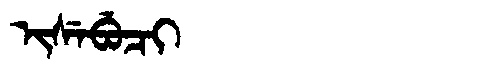
Manchu: ᡳᠰᡝᠪᡠᠴᡳ
Romanization: ISEBUCI